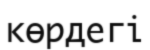
көрдегі